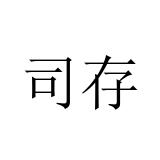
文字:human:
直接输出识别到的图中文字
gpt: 司存